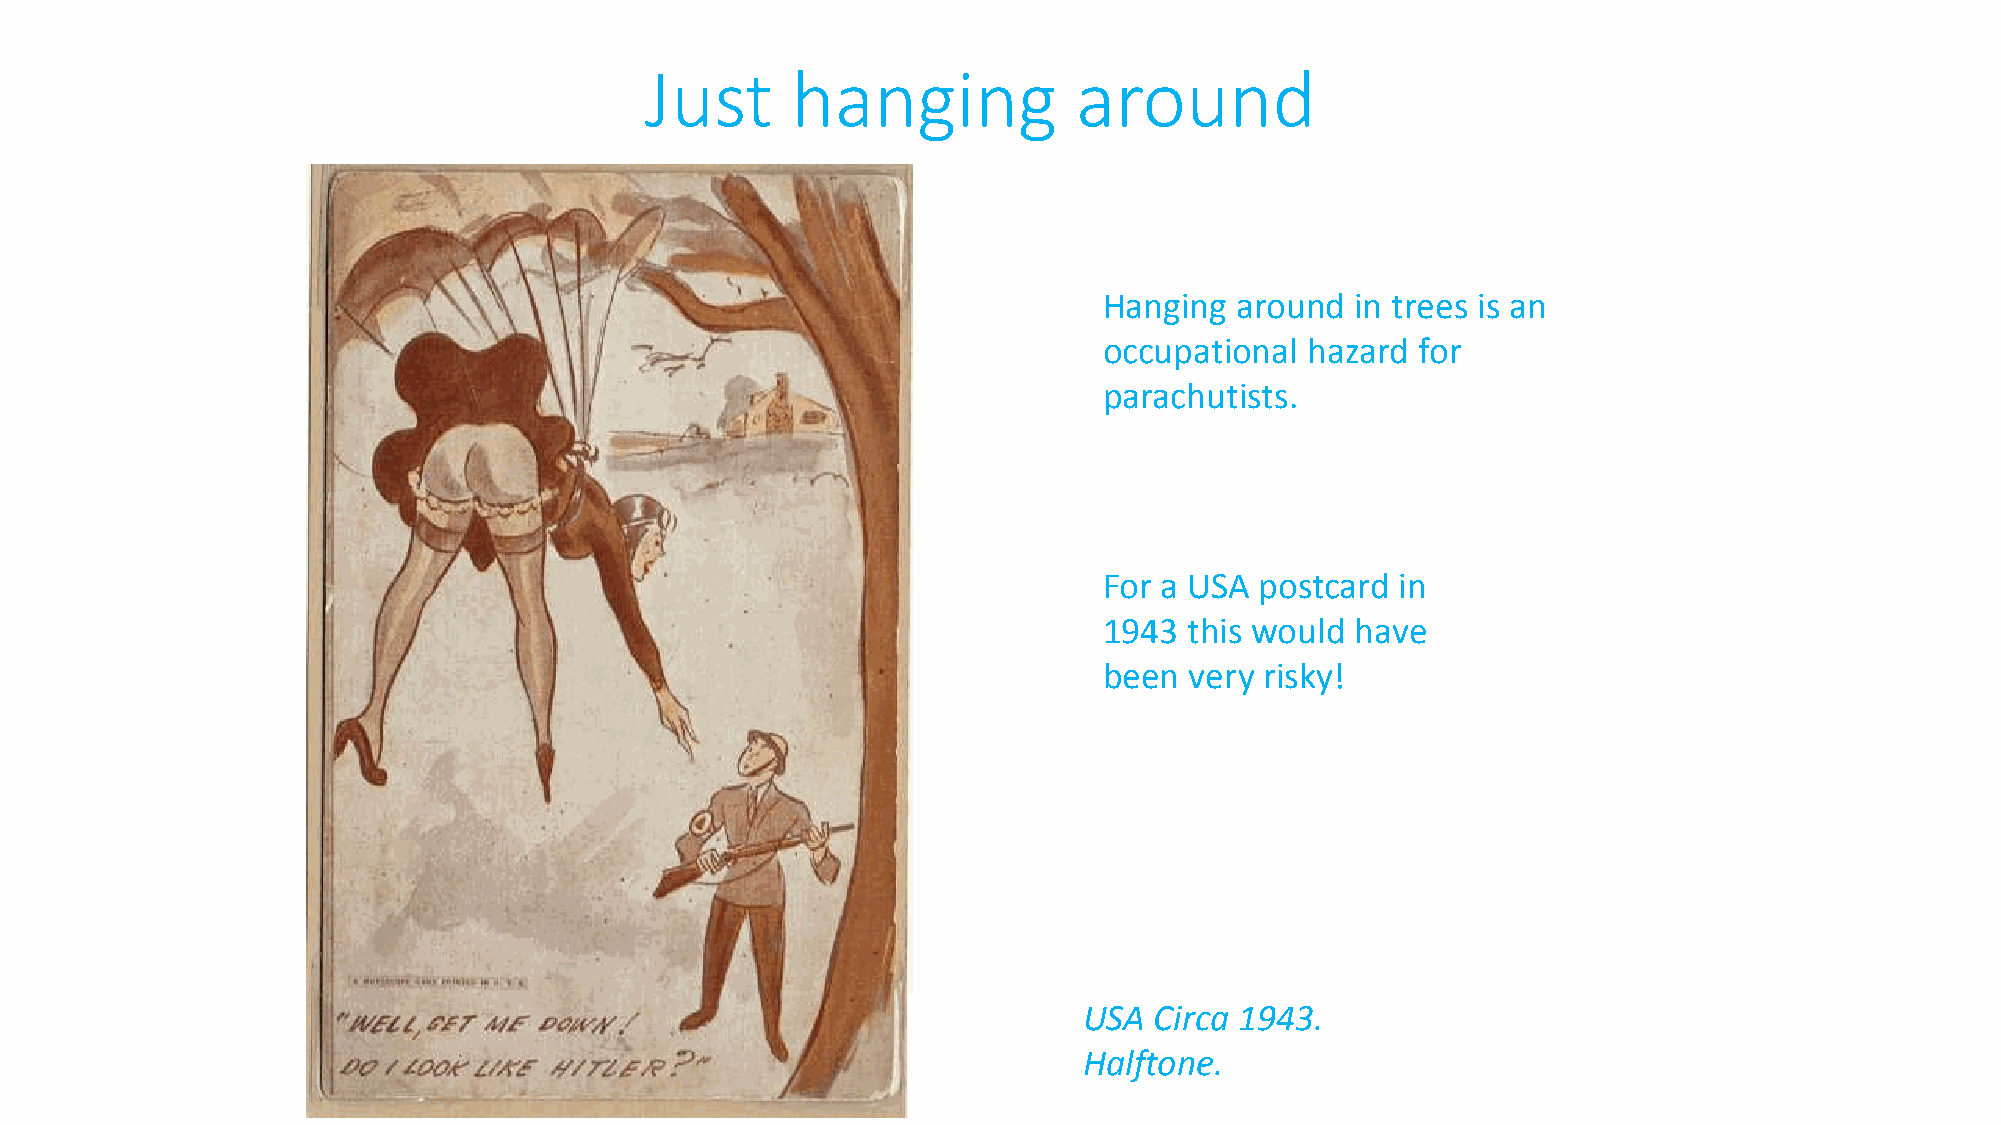
Just     hanging            around
 Hanging  around  in trees is an
 occupational  hazard for
 parachutists.
 For a USA postcard  in
 1943  this would have
 been  very risky!
 USA Circa 1943.
 Halftone.